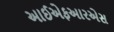
આઈએફઆરએસ